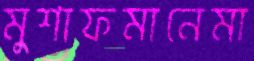
মুশাফমানেমা